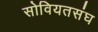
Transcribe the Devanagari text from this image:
सोवियतसंघ